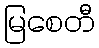
မြစေတီ